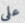
على